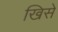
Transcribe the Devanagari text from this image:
खिसे